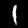
Label: 1